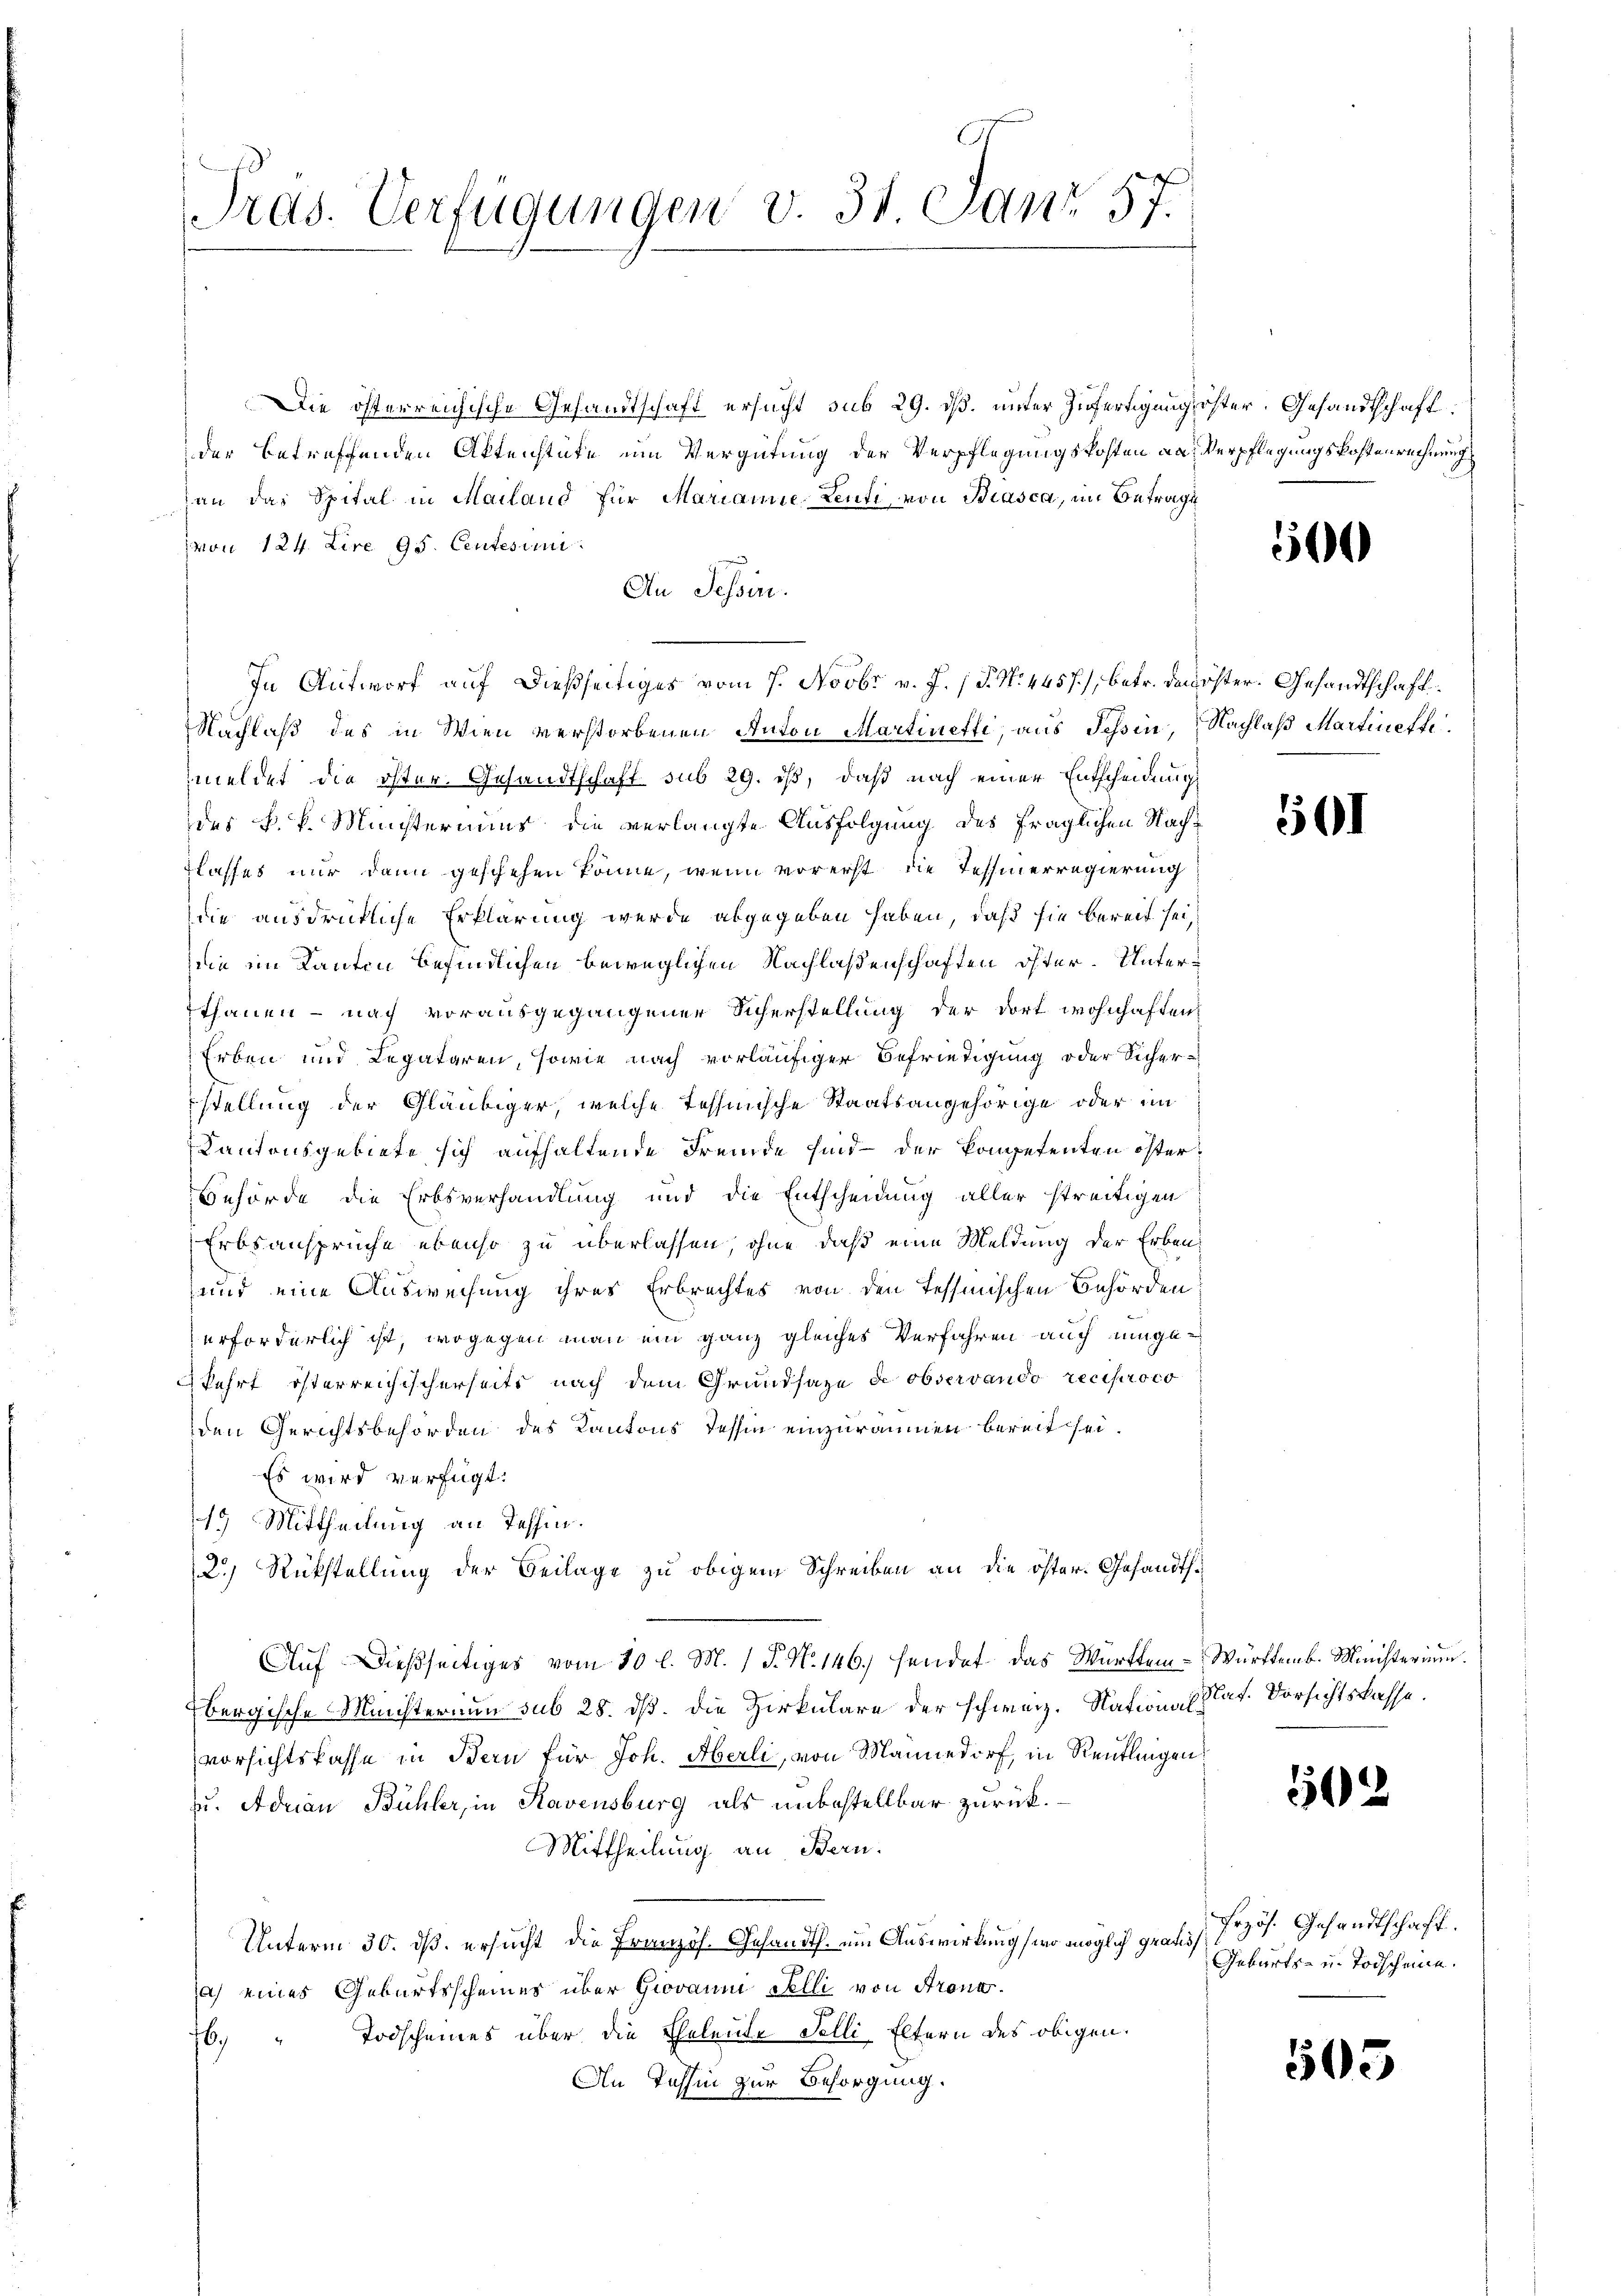
Pras. Verfügungen v. 31. Janr 57.

Die öfferreichische Gesandtschaft ersucht sub 29. ds. unter Zufertigung öster. Gesandtschaft
der betreffenden Aktenstufe um Vergütung der Verpflegungskosten an Verpflegungskostenrechnung
an das Spital in Mailand für Mariainie Lenti von Biasca, im Betrage
von 124. Lire 95. Centesim
An Tessin.
Nachlaß des in Wien verstorbenen Anton Martinetti, aus Schin, Nachlaß Martinetti
meldet die öster. Gesandtschaft sub 29. ist, daß nach einer Entscheidung
des k. k. Meisteriums die verlangte Ausfolgung des fraglichen Nach¬
Flaffes nur dann geschehen könne, wenn vorerst die Tessierregierung
die ausdrückliche Erklärung werde abgegeben haben, daß sie bereit sei,
ie im Kanton befindlichen beweglichen Nachlaßenschaften öfter. Unterthanen – nach vorausgegangener Sicherstellung der dort wohnhaften,
Erben und Legataren, sowie nach vorläufiger Befriedigung oder Sicher-
stellung der Gläubiger, welche Tessische Staatsangehörige oder im
Kantonsgebiete sich aufhaltende Fremde sind der kompetenten öster¬
Behörde die Erbsverhandlung und die Entscheidung aller streitigen
Erbsansprüche ebenso zu überlassen, ohne daß eine Meldung der Erben
und eine Ausweisung ihres Erbrechtes von den Tessinischen Behörden
erforderlich ist, wogegen man ein ganz gleiches Verfahren auch eingefahrt isterreichischerseits nach dem Grundsaze de observando reciproco
den Gerichtsbehörden des Kantons Tessin einzuräumen bereit sei.
Es wird verfügt:
19 Mittheilung an Tessin.
2.) Rückstellung der Beilage zu obigem Schreiben an die öster. Gesandts¬
Auf dießseitiges vom 30 l. M. 1 P. N. 146. sendet das Württem - Württemb. Ministern.
Ebergische Ministerium sub 28. dß. Die Zirkulare der schweiz. Nation (Nat. Vorsichtskasse.
vorsichtsfasse in Bern für Joh. Aberli, von Mannedorf, in Reutlingen
u. Adrian Bühler, in Havensburg als unbestellbar zurück.
Mittheilung an Bern.
Unterm 30. ds. ersucht die Französ. Gesandth. um Auswirkung wo möglich graf Prof. Gesandtschaft.
a) eines Geburtsscheines über Giovanni Felli von Strone.
6. " Todscheines über die Eheleute Felli Eltern des obigen.
An Jahhin zur Besorgung.

In Antwort auf dießseitiges vom 7. Novbr. v. J. (T. N. 4457), betr. den öster. Gesandtschaft.

500

501

502

Geburts- u. Todscheine.

505